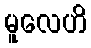
မူလေဟိ